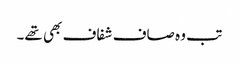
تب وہ صاف شفاف بھی تھے۔